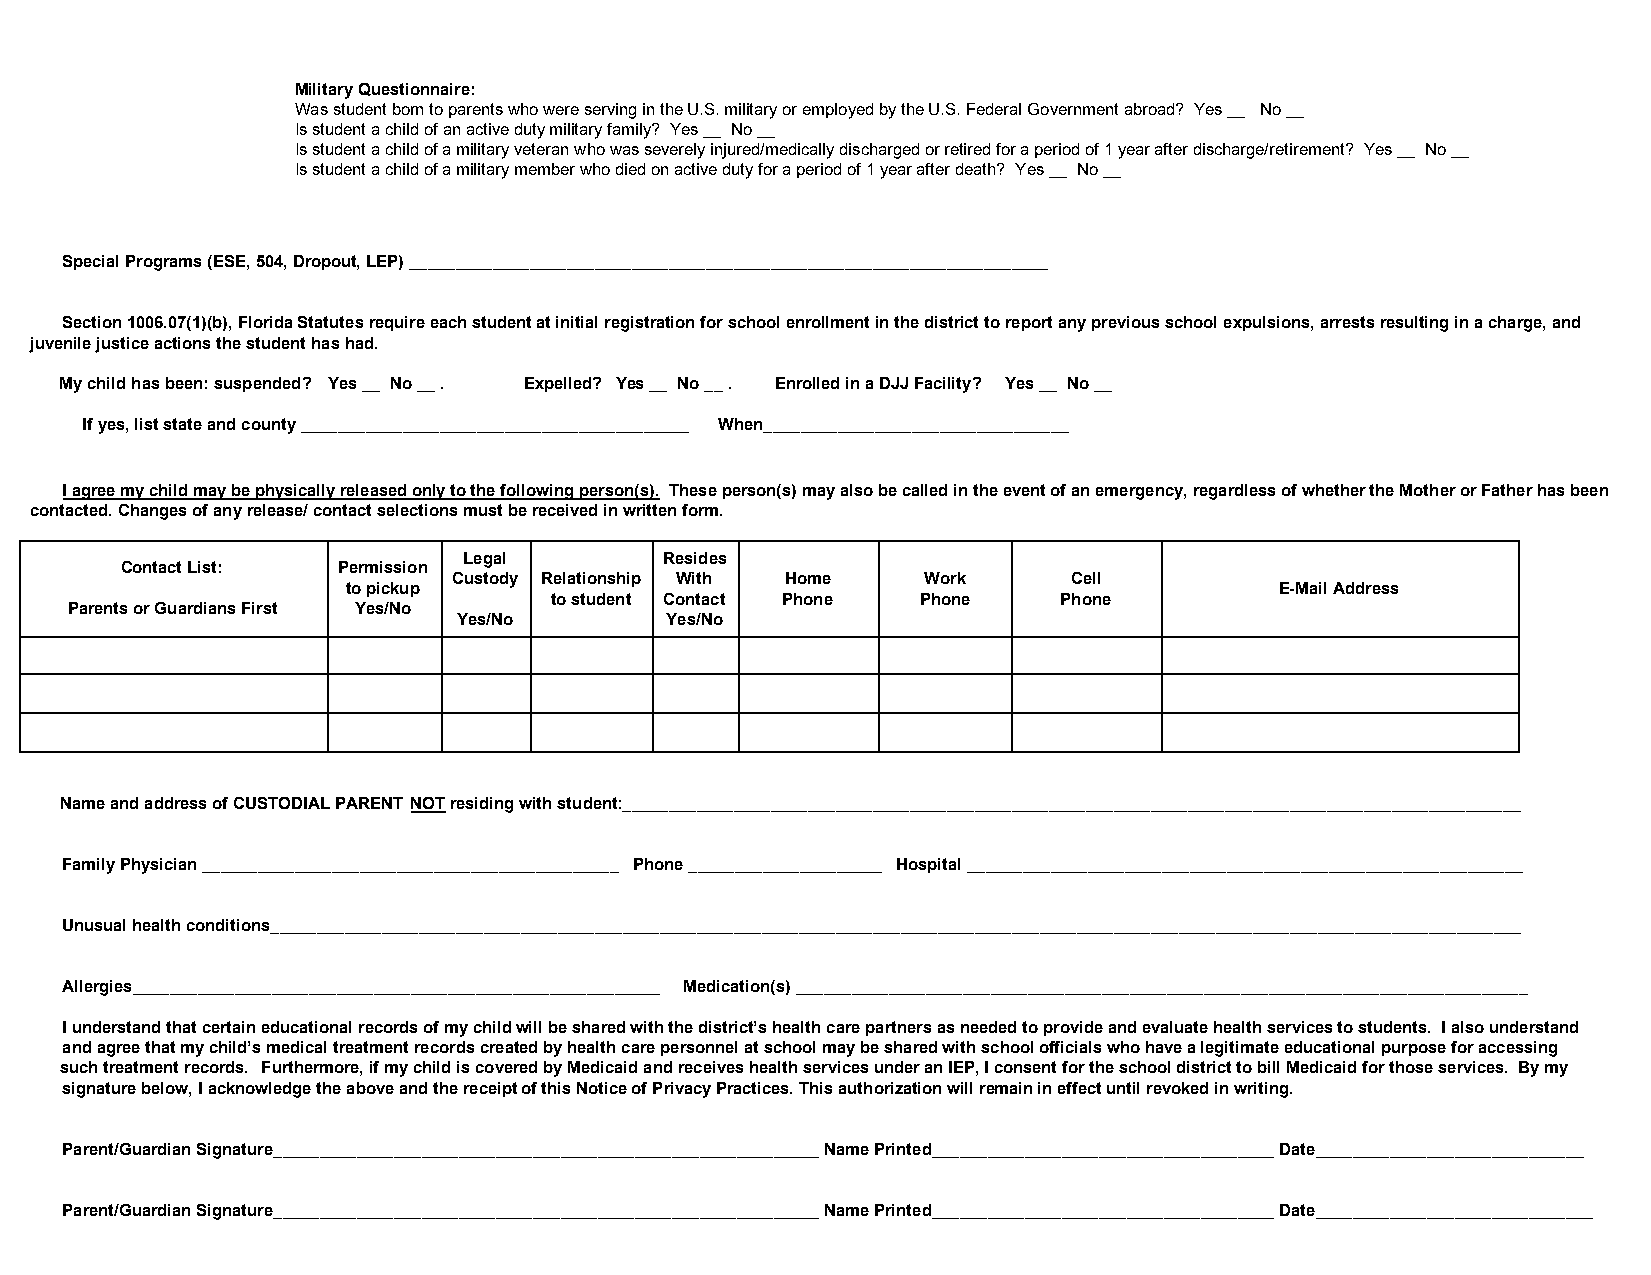
Military Questionnaire:
 Was student born to parents who were serving in the U.S. military or employed by the U.S. Federal Government abroad? Yes __ No __
 Is student a child of an active duty military family? Yes __ No __
 Is student a child of a military veteran who was severely injured/medically discharged or retired for a period of 1 year after discharge/retirement? Yes __ No __
 Is student a child of a military member who died on active duty for a period of 1 year after death? Yes __ No __
 Special Programs (ESE, 504, Dropout, LEP) _____________________________________________________________________
 Section 1006.07(1)(b), Florida Statutes require each student at initial registration for school enrollment in the district to report any previous school expulsions, arrests resulting in a charge, and
 juvenile justice actions the student has had.
 My child has been: suspended? Yes __ No __ . Expelled? Yes __ No __ . Enrolled in a DJJ Facility? Yes __ No __
 If yes, list state and county __________________________________________ When______________________________ ___
 I agree my child may be physically released only to the following person(s). These person(s) may also be called in the event of an emergency, regardless of whether the Mother or Father has been
 ​                                       ​
 contacted. Changes of any release/ contact selections must be received in written form.
 Legal        Resides
 Contact List: Permission
 Custody Relationship With Home Work      Cell
 to pickup                                                     E-Mail Address
 to student Contact Phone Phone    Phone
 Parents or Guardians First Yes/No
 Yes/No        Yes/No
 Name and address of CUSTODIAL PARENT NOT residing with student:_________________________________________________________________________________________________
 ​ ​           ​
 Family Physician _____________________________________________ Phone _____________________ Hospital ____________________________________________________________
 Unusual health conditions_______________________________________________________________________________________________________________________________________
 Allergies_________________________________________________________ Medication(s) _______________________________________________________________________________
 I understand that certain educational records of my child will be shared with the district’s health care partners as needed to provide and evaluate health services to students. I also understand
 and agree that my child’s medical treatment records created by health care personnel at school may be shared with school officials who have a legitimate educational purpose for accessing
 such treatment records. Furthermore, if my child is covered by Medicaid and receives health services under an IEP, I consent for the school district to bill Medicaid for those services. By my
 signature below, I acknowledge the above and the receipt of this Notice of Privacy Practices. This authorization will remain in effect until revoked in writing.
 Parent/Guardian Signature___________________________________________________________ Name Printed_____________________________________ Date_____________________________
 Parent/Guardian Signature___________________________________________________________ Name Printed_____________________________________ Date______________________________